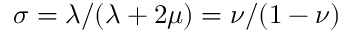
\sigma = \lambda / ( \lambda + 2 \mu ) = \nu / ( 1 - \nu )